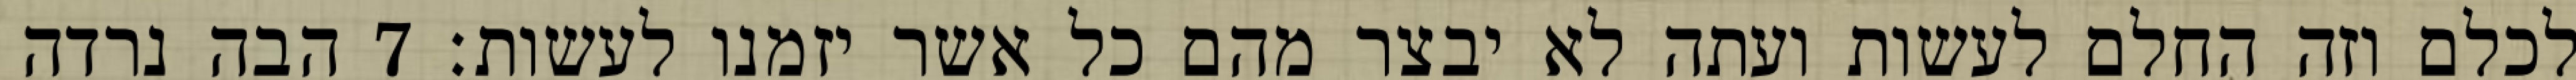
לכלם וזה החלם לעשות ועתה לא יבצר מהם כל אשר יזמנו לעשות׃ ‎7‏ הבה נרדה